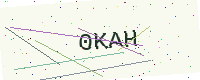
Text: 0KAH